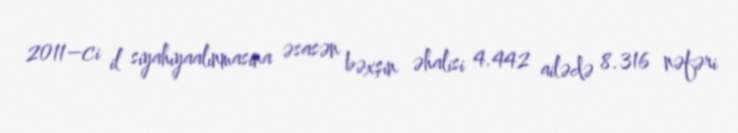
2011–ci il siyahıyaalınmasına əsasən bəxşin əhalisi 4.442 ailədə 8.316 nəfəri